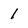
Character: 1